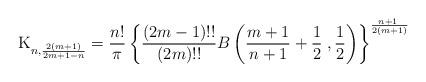
LaTeX: \begin{align*} {\rm K}_{n, {2(m+1)\over 2m+1-n}}={n! \over \pi} \left \{ {(2m-1)!!\over (2m)!!}B \left ({m+1 \over n+1}+{1\over 2}\;, {1\over 2} \right )\right \}^{ \!\! n+1 \over 2(m+1)}\end{align*}